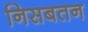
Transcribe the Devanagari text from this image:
निसबतन